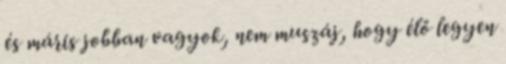
és máris jobban vagyok, nem muszáj, hogy élő legyen